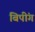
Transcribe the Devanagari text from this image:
बिपींग